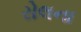
રોલના